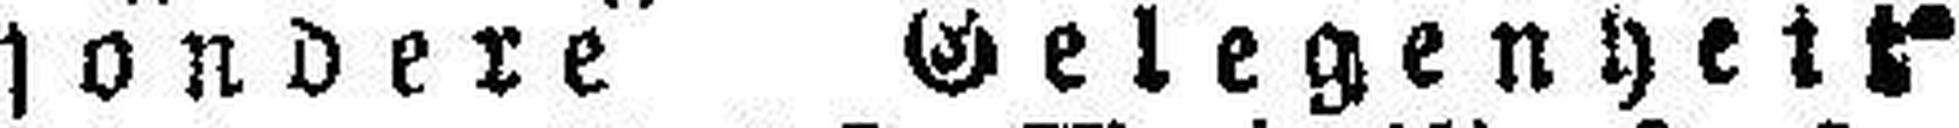
sondere Gelegenheit